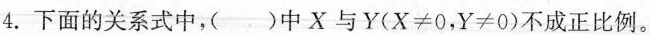
4.下面的关系式中，( )中X与Y($$X\neq 0$$，$$Y\neq0$$)不成正比例。